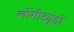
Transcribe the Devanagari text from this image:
लोंगीट्यूडों